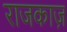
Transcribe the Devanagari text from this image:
राजकाज़